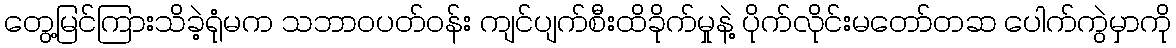
တွေ့မြင်ကြားသိခဲ့ရုံမက သဘာဝပတ်ဝန်း ကျင်ပျက်စီးထိခိုက်မှုနဲ့ ပိုက်လိုင်းမတော်တဆ ပေါက်ကွဲမှာကို